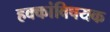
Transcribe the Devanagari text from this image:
हक्कांविषयक